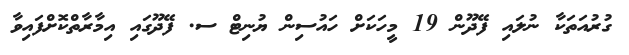
ގުރުއަތަކާ ނުލައި ފޭދޫން 19 މީހަކަށް ހައުސިން ޔުނިޓް ސ. ފޭދޫގައި އިމާރާތްކޮށްފައިވާ